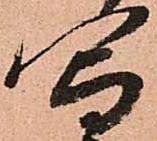
写